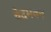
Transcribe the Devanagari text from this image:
वेदभवन